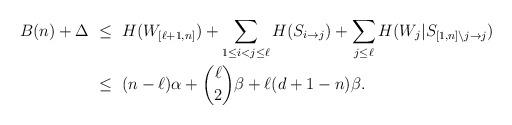
LaTeX: \begin{align*}B(n) + \Delta &~\leq~ H(W_{[\ell+1,n]}) + \sum_{1 \leq i < j \leq \ell} H(S_{i \rightarrow j}) + \sum_{j \leq \ell} H(W_j | S_{[1,n] \backslash j \rightarrow j}) \\ &~\leq~ (n-\ell)\alpha + \binom{\ell}{2} \beta + \ell (d+1-n) \beta. \end{align*}